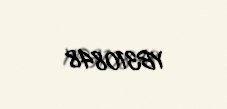
YB310848